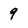
Character: 9